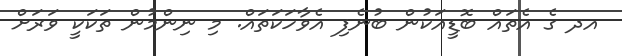
އދ ގެ އެތައް ބޮޑީއަކުން ބުނެފި އެވާހަކަތައް. މި ނިންމުން ތަކަކީ ވަރަށް